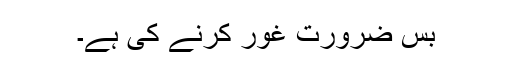
بس ضرورت غور کرنے کی ہے۔